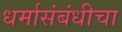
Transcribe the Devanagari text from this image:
धर्मासंबंधीचा